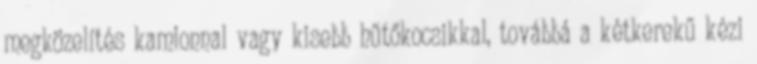
megközelítés kamionnal vagy kisebb hűtőkocsikkal, továbbá a kétkerekű kézi